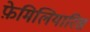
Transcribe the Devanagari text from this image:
फ़ेमिलियारिस